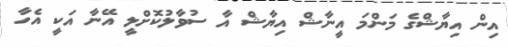
އިންް އިޔާޝްގެ މަންމަ އީނާޝް އިޔާޝް އާ ސުވާލުކޮށްްލީ އޭނާ އަކީ އެހާ